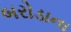
બરોડાના